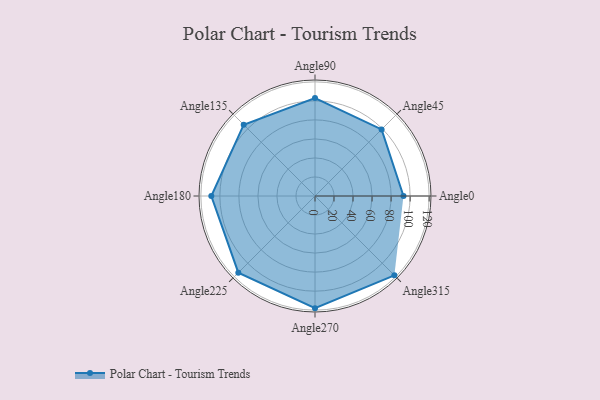
{"axis": {"x": "Angle", "y": "Radius"}, "legend": [""], "data": [{"x": "Angle0", "y": 93.0, "type": ""}, {"x": "Angle45", "y": 99.0, "type": ""}, {"x": "Angle90", "y": 103.0, "type": ""}, {"x": "Angle135", "y": 106.0, "type": ""}, {"x": "Angle180", "y": 109.0, "type": ""}, {"x": "Angle225", "y": 114.0, "type": ""}, {"x": "Angle270", "y": 118.0, "type": ""}, {"x": "Angle315", "y": 118.0, "type": ""}]}